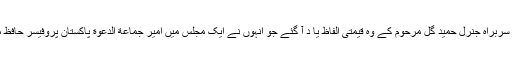
مجھے آئی ایس آئی کے سابق سربراہ جنرل حمید گل مرحوم کے وہ قیمتی الفاظ یا د آ گئے جو انہوں نے ایک مجلس میں امیر جماعة الدعوة پاکستان پروفیسر حافظ محمد سعید صاحب سے کہے۔